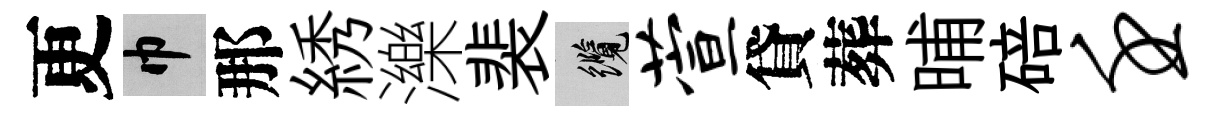
更巾那綉濼裴纜萱貸葬晡碚壬